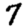
Digit: 7